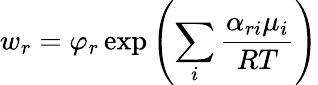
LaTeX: w_{r}=\varphi_{r}\exp\left(\sum_{i}{\frac{\alpha_{ri}\mu_{i}}{RT}}\right)